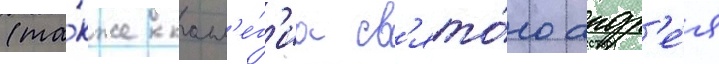
(та́кже колл'е́г'иа св'ято́го андр'е́я